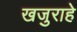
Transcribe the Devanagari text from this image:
खजुराहे